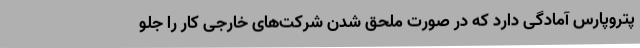
پتروپارس آمادگی دارد که در صورت ملحق شدن شرکت‌های خارجی کار را جلو